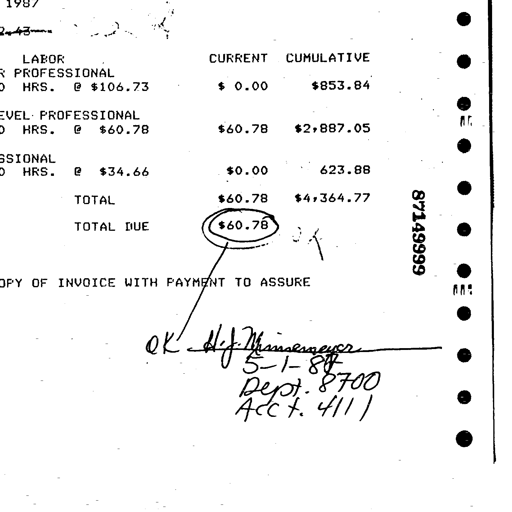
Transcript:
1987
2-43
LABOR CURRENT CUMULATIVE
PROFESSIONAL
HRS. @ $106.73 $ 0.00 $853.84
PROFESSIONAL
HRS. @ $60.78 $60.78 $2,887.05
PROFESSIONAL
HRS. @ $34.66 $0.00 623.88
TOTAL $60.78 $4,364.77
TOTAL DUE ($60.78)
COPY OF INVOICE WITH PAYMENT TO ASSURE 87149999
OK H.J. Mimsermeyer
5-1-87
Dept. 8700
Acct. 4111